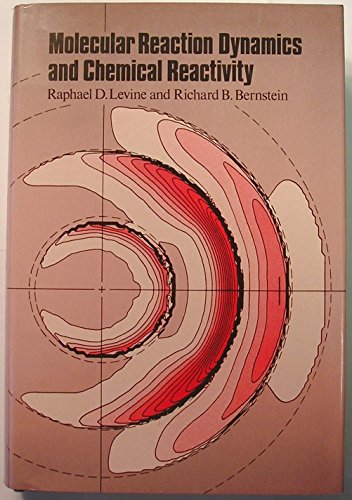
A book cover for Molecular Reaction Dynamics and Chemical Reactivity; Raphael D. Levine; Science & Math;